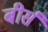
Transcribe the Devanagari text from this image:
बीर्स